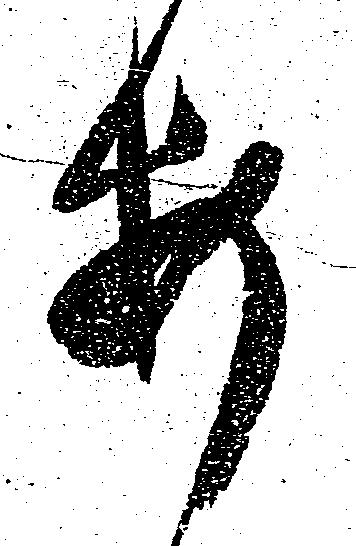
安